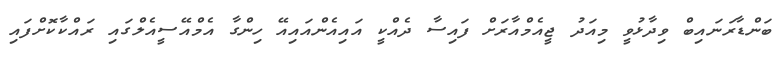
ބަންޑާރަނައިބް ވިދާޅުވީ މިއަދު ޖީއެމްއާރަށް ފައިސާ ދެއްކީ އައިއެންއައިއޭ ހިންގާ އެމްއޭސީއެލްގައި ރައްކާކޮށްފައި